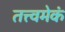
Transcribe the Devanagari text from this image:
तत्त्वमेकं